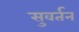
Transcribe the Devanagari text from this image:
सुवर्तन